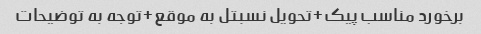
برخورد مناسب پیک+تحویل نسبتل به موقع+توجه به توضیحات